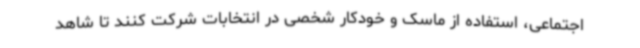
اجتماعی، استفاده از ماسک و خودکار شخصی در انتخابات شرکت کنند تا شاهد